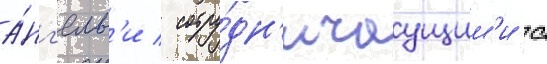
а́нг'елам'и / сотру́дн'ичаущим'и с